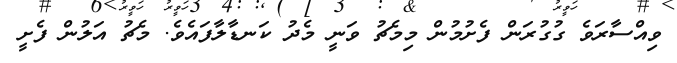
ވިއްސާރަވެ ގުގުރަން ފެށުމުން މިމެޗު ވަނީ މެދު ކަނޑާލާފައެވެ. މެޗު އަލުން ފެށީ